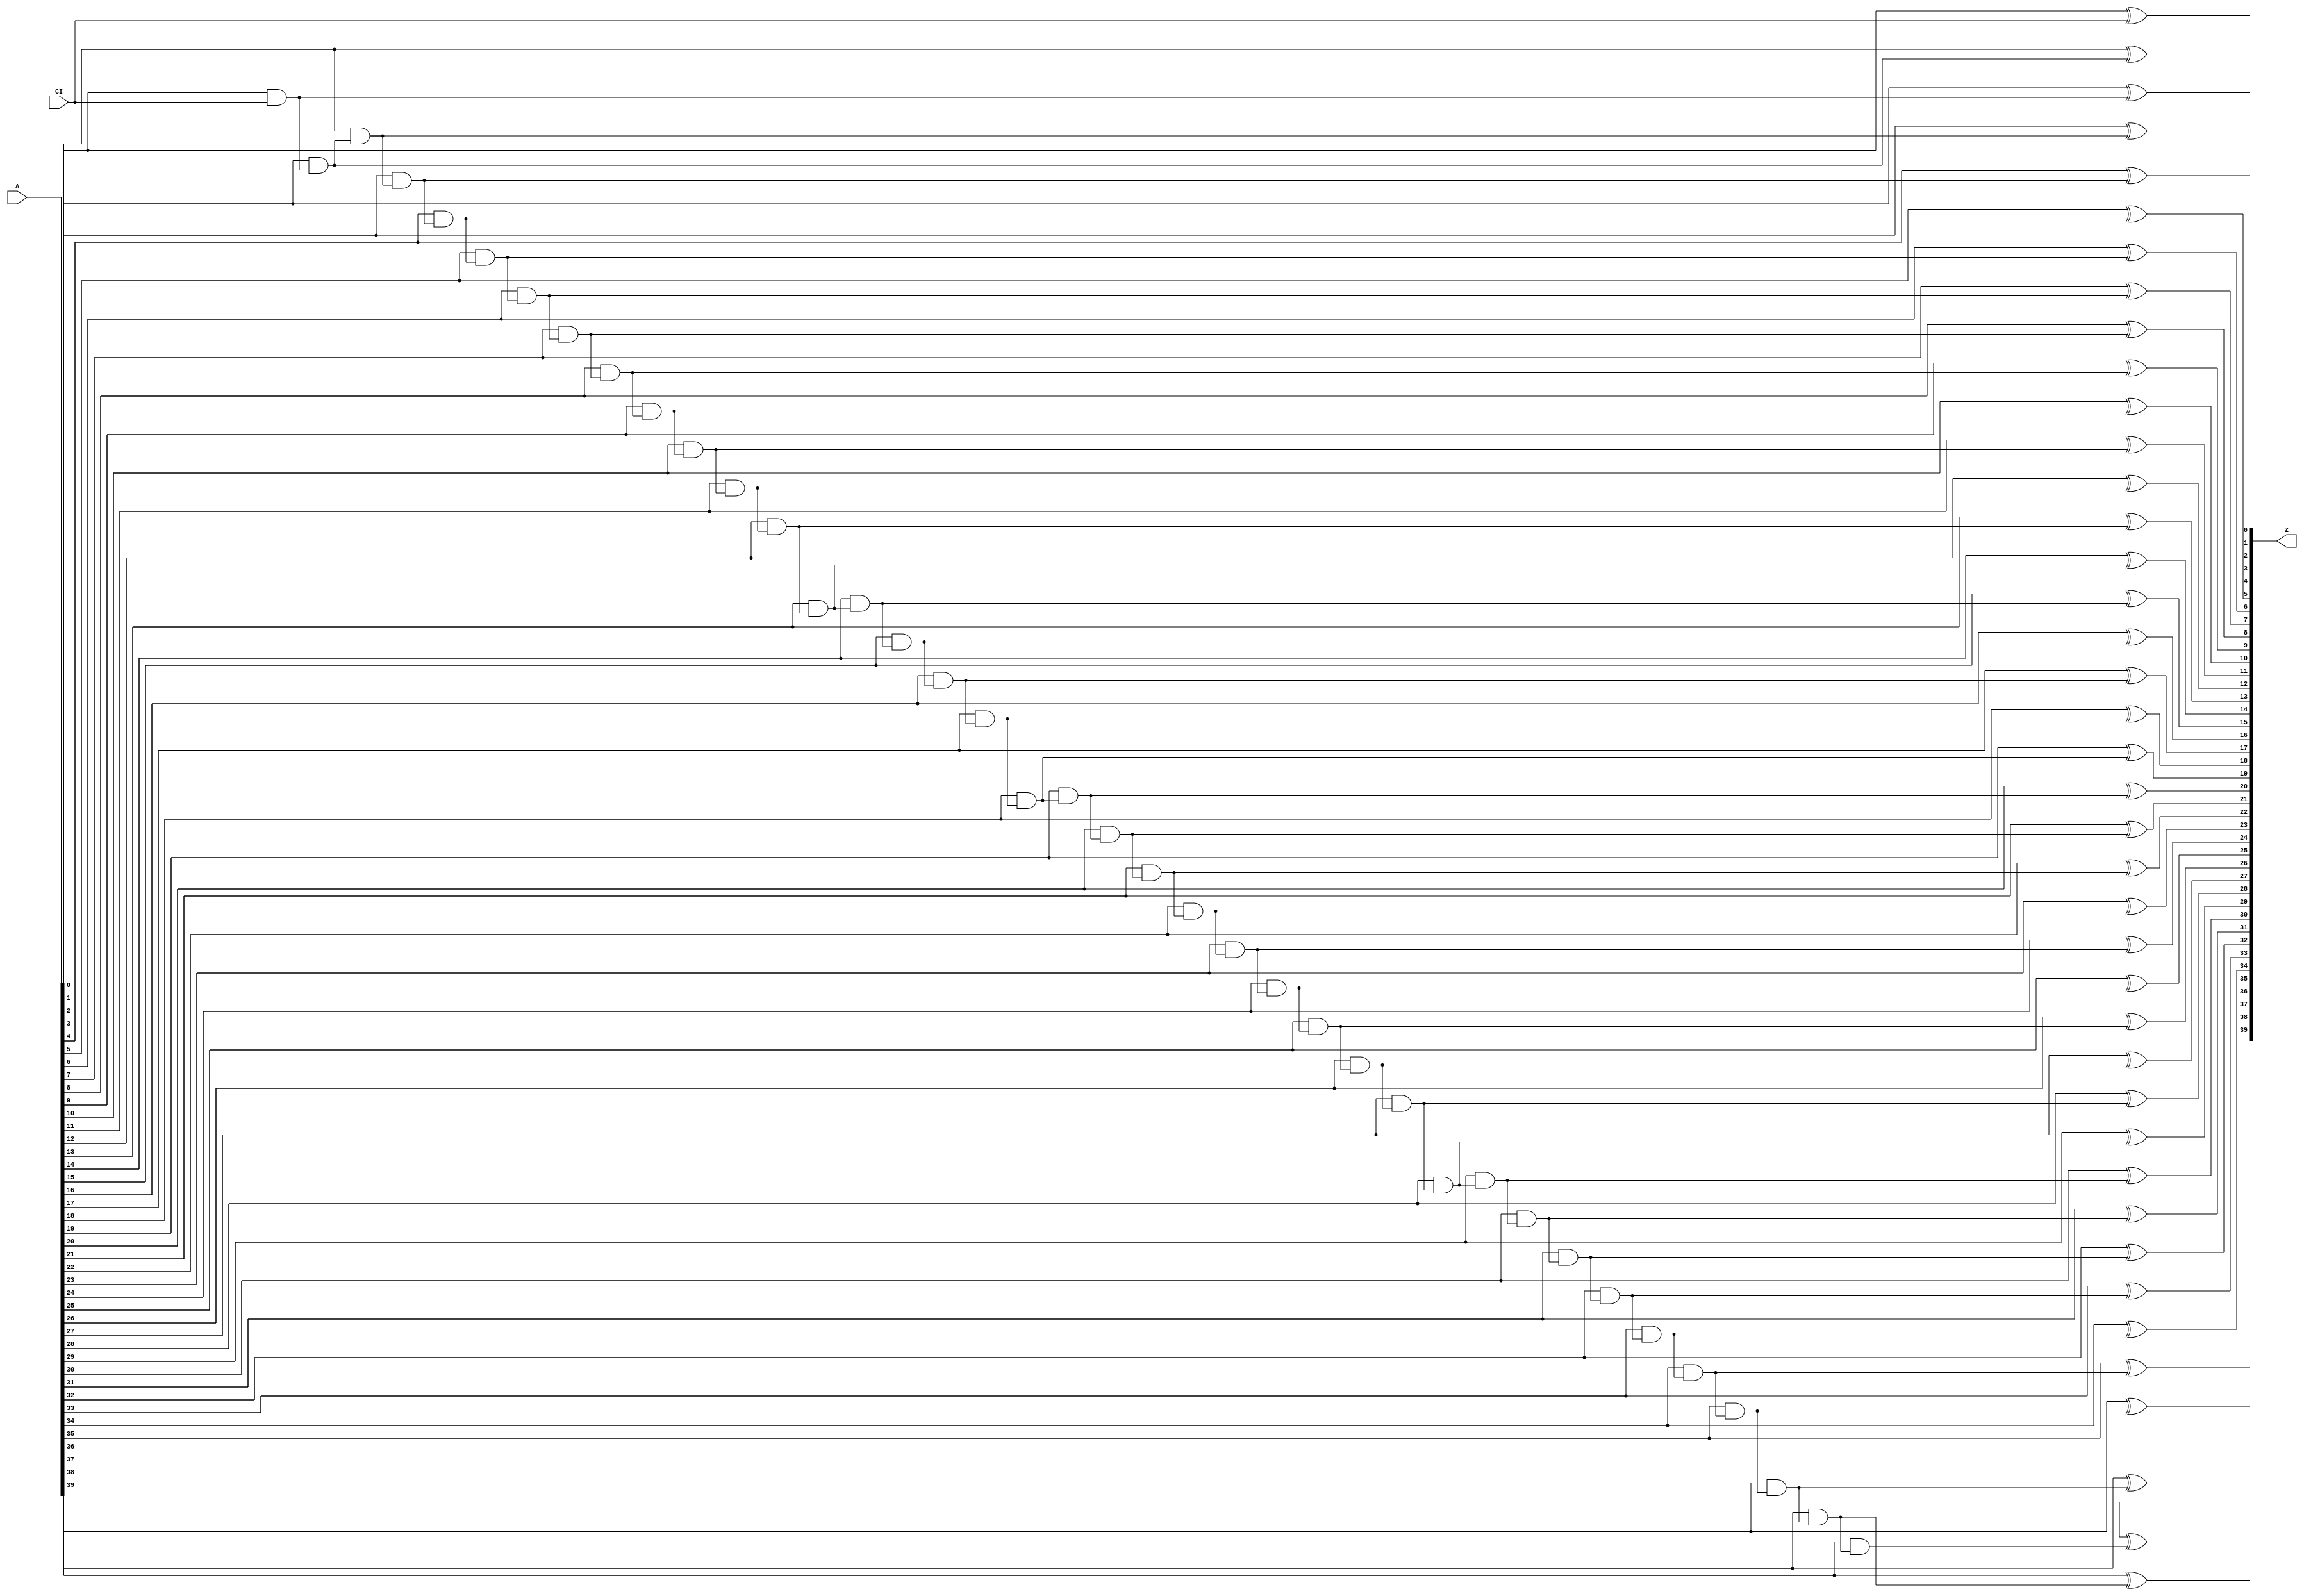
module increment_unsigned_4_GENERIC_REAL(A, CI, Z);
// synthesis_equation increment_unsigned
  input [39:0] A;
  input CI;
  output [39:0] Z;
  wire [39:0] A;
  wire CI;
  wire [39:0] Z;
  wire n_82, n_83, n_84, n_85, n_86, n_87, n_88, n_89;
  wire n_90, n_91, n_92, n_93, n_94, n_95, n_96, n_97;
  wire n_98, n_99, n_100, n_101, n_102, n_103, n_104, n_105;
  wire n_106, n_107, n_108, n_109, n_110, n_111, n_112, n_113;
  wire n_114, n_115, n_116, n_117, n_118, n_119, n_120;
  xor g1 (Z[0], A[0], CI);
  and g2 (n_82, A[0], CI);
  xor g40 (Z[1], A[1], n_82);
  and g41 (n_83, A[1], n_82);
  xor g42 (Z[2], A[2], n_83);
  and g43 (n_84, A[2], n_83);
  xor g44 (Z[3], A[3], n_84);
  and g45 (n_85, A[3], n_84);
  xor g46 (Z[4], A[4], n_85);
  and g47 (n_86, A[4], n_85);
  xor g48 (Z[5], A[5], n_86);
  and g49 (n_87, A[5], n_86);
  xor g50 (Z[6], A[6], n_87);
  and g51 (n_88, A[6], n_87);
  xor g52 (Z[7], A[7], n_88);
  and g53 (n_89, A[7], n_88);
  xor g54 (Z[8], A[8], n_89);
  and g55 (n_90, A[8], n_89);
  xor g56 (Z[9], A[9], n_90);
  and g57 (n_91, A[9], n_90);
  xor g58 (Z[10], A[10], n_91);
  and g59 (n_92, A[10], n_91);
  xor g60 (Z[11], A[11], n_92);
  and g61 (n_93, A[11], n_92);
  xor g62 (Z[12], A[12], n_93);
  and g63 (n_94, A[12], n_93);
  xor g64 (Z[13], A[13], n_94);
  and g65 (n_95, A[13], n_94);
  xor g66 (Z[14], A[14], n_95);
  and g67 (n_96, A[14], n_95);
  xor g68 (Z[15], A[15], n_96);
  and g69 (n_97, A[15], n_96);
  xor g70 (Z[16], A[16], n_97);
  and g71 (n_98, A[16], n_97);
  xor g72 (Z[17], A[17], n_98);
  and g73 (n_99, A[17], n_98);
  xor g74 (Z[18], A[18], n_99);
  and g75 (n_100, A[18], n_99);
  xor g76 (Z[19], A[19], n_100);
  and g77 (n_101, A[19], n_100);
  xor g78 (Z[20], A[20], n_101);
  and g79 (n_102, A[20], n_101);
  xor g80 (Z[21], A[21], n_102);
  and g81 (n_103, A[21], n_102);
  xor g82 (Z[22], A[22], n_103);
  and g83 (n_104, A[22], n_103);
  xor g84 (Z[23], A[23], n_104);
  and g85 (n_105, A[23], n_104);
  xor g86 (Z[24], A[24], n_105);
  and g87 (n_106, A[24], n_105);
  xor g88 (Z[25], A[25], n_106);
  and g89 (n_107, A[25], n_106);
  xor g90 (Z[26], A[26], n_107);
  and g91 (n_108, A[26], n_107);
  xor g92 (Z[27], A[27], n_108);
  and g93 (n_109, A[27], n_108);
  xor g94 (Z[28], A[28], n_109);
  and g95 (n_110, A[28], n_109);
  xor g96 (Z[29], A[29], n_110);
  and g97 (n_111, A[29], n_110);
  xor g98 (Z[30], A[30], n_111);
  and g99 (n_112, A[30], n_111);
  xor g100 (Z[31], A[31], n_112);
  and g101 (n_113, A[31], n_112);
  xor g102 (Z[32], A[32], n_113);
  and g103 (n_114, A[32], n_113);
  xor g104 (Z[33], A[33], n_114);
  and g105 (n_115, A[33], n_114);
  xor g106 (Z[34], A[34], n_115);
  and g107 (n_116, A[34], n_115);
  xor g108 (Z[35], A[35], n_116);
  and g109 (n_117, A[35], n_116);
  xor g110 (Z[36], A[36], n_117);
  and g111 (n_118, A[36], n_117);
  xor g112 (Z[37], A[37], n_118);
  and g113 (n_119, A[37], n_118);
  xor g114 (Z[38], A[38], n_119);
  and g115 (n_120, A[38], n_119);
  xor g116 (Z[39], A[39], n_120);
endmodule

module increment_unsigned_4_GENERIC(A, CI, Z);
  input [39:0] A;
  input CI;
  output [39:0] Z;
  wire [39:0] A;
  wire CI;
  wire [39:0] Z;
  increment_unsigned_4_GENERIC_REAL g1(.A (A), .CI (CI), .Z (Z));
endmodule